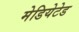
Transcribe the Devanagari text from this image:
मेडियेटेड